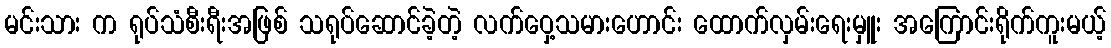
မင်းသား က ရုပ်သံစီးရီးအဖြစ် သရုပ်ဆောင်ခဲ့တဲ့ လက်ဝှေ့သမားဟောင်း ထောက်လှမ်းရေးမှူး အကြောင်းရိုက်ကူးမယ့်